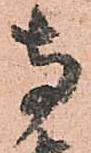
寺